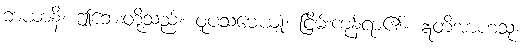
ဘယာနိ၊ ဤဘေးတို့သည်။ ဝူပသမေယျုံ၊ ငြိမ်းကုန်ရာ၏။ ဣတိအာဟံသု၊